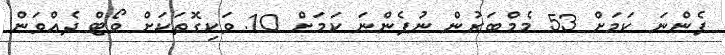
ފެންނަ ކަމަށް 53 މެމްބަރުން ނުފެންނަ ކަމަށް 10. ވަކިގޮތަކަށް ވޯޓް ދެއްވަން